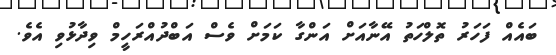
ބައެއް ފަހަރު ތޮލްހަތު އޭނާއަށް އަންގާ ކަމަށް ވެސް އަބްދުއްރަހީމް ވިދާޅުވި އެވެ.